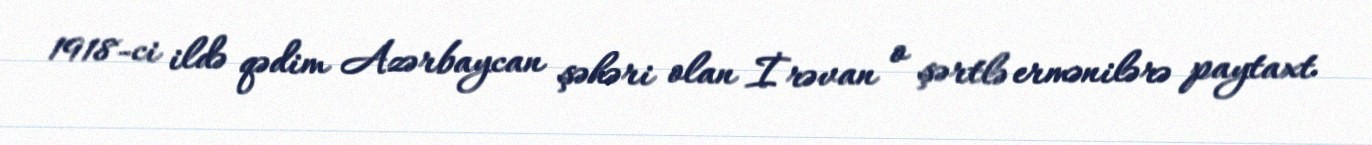
1918-ci ildə qədim Azərbaycan şəhəri olan İrəvan o şərtlə ermənilərə paytaxt